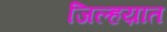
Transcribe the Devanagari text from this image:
जिल्हय़ात